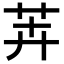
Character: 𬜦